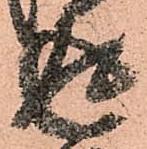
返